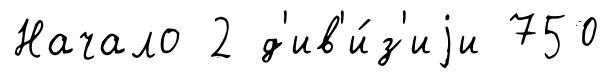
Начало 2 д'ив'и́з'иjи 750